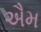
ઐમ